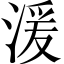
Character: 湲